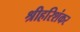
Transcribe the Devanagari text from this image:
श्रीहरिशंकर